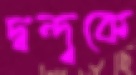
দ্বন্দ্বকে